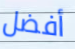
أفضل